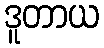
ဒူတာယ